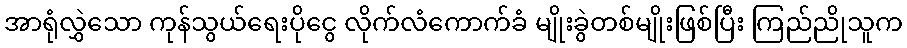
အာရုံလွှဲသော ကုန်သွယ်ရေးပိုငွေ လိုက်လံကောက်ခံ မျိုးခွဲတစ်မျိုးဖြစ်ပြီး ကြည်ညိုသူက